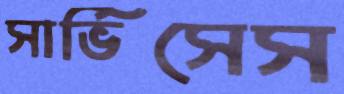
সার্ভিসেস